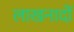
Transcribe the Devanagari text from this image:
लाखनादों